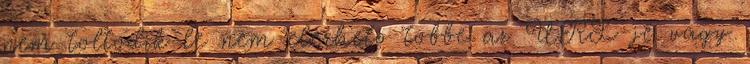
nem toltodik le nem elerheto tobbe az URL-je vagy